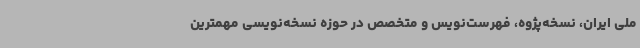
ملی ایران، نسخه‌پژوه، فهرست‌نویس و متخصص در حوزه نسخه‌نویسی مهمترین